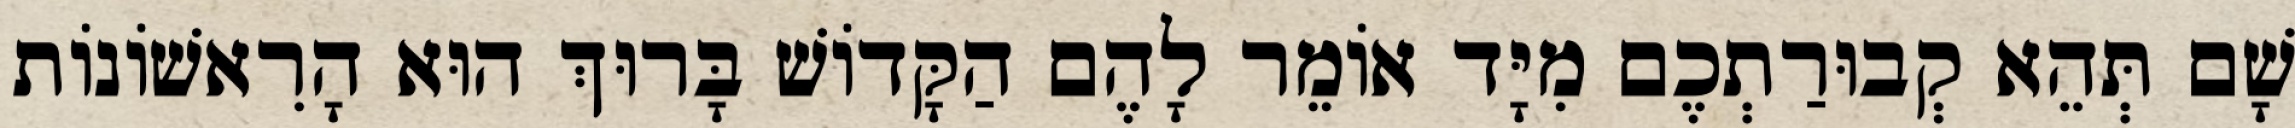
שָׁם תְּהֵא קְבוּרַתְכֶם מִיָּד אוֹמֵר לָהֶם הַקָּדוֹשׁ בָּרוּךְ הוּא הָרִאשׁוֹנוֹת